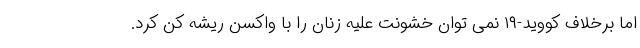
اما برخلاف کووید-۱۹ نمی توان خشونت علیه زنان را با واکسن ریشه کن کرد.